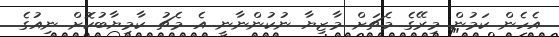
އެހެން ކަމުން މިރޭގެ މެޗަށް މާޒިޔާ ނުކުންނާނީ އެ މެޗު ކާމިޔާބުކޮށް ނިއުގެ